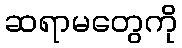
ဆရာမတွေကို